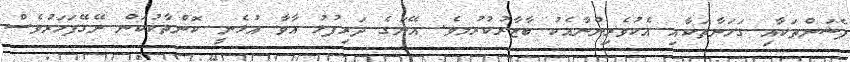
ފެޝަންތަކާއި ގަހަނާތަކާއި އެކުވެރިންނާއެކު ބާޒާރުކުރުމވެ. އޭނަގެ ދަރިފުޅު އާވާ އުޅެނީ ކޮންތާކުކަން ނޭގޭފަހަރުވެސް